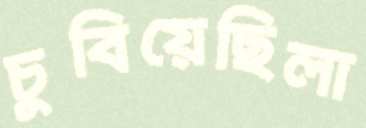
চুবিয়েছিলা